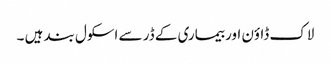
لاک ڈاؤن اور بیماری کے ڈر سے اسکول بند ہیں ۔